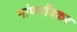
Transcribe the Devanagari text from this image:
मांणगाँवकर